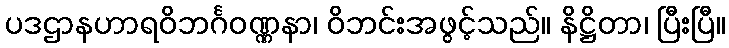
ပဒဌာနဟာရဝိဘင်္ဂဝဏ္ဏနာ၊ ဝိဘင်းအဖွင့်သည်။ နိဋ္ဌိတာ၊ ပြီးပြီ။